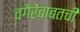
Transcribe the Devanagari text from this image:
वगैरेंबाबतची